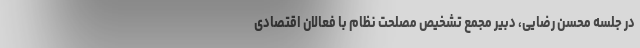
در جلسه محسن رضایی، دبیر مجمع تشخیص مصلحت نظام با فعالان اقتصادی